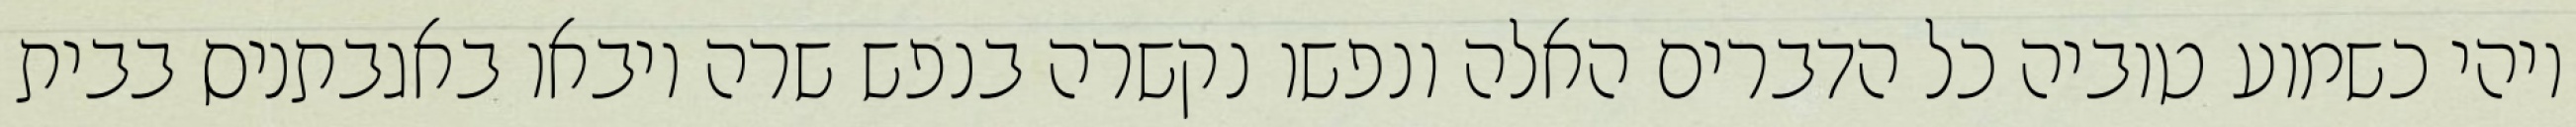
ויהי כשמוע טוביה כל הדברים האלה ונפשו נקשרה בנפש שרה ויבאו באגבתניס בבית